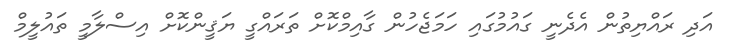
އަދި ރައްޔިތުން އެދެނީ ގައުމުގައި ހަމަޖެހުން ގާއިމްކޮށް ތަރައްގީ ޔަޤީންކޮށް އިސްލާމީ ތައުލީމް